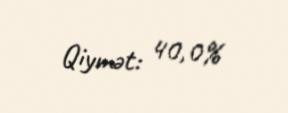
Qiymət: 40,0%